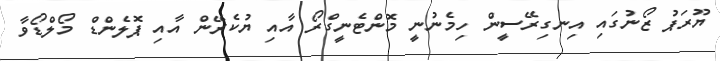
ޔޫރަޕު ޒޯނުގައި އިނގިރޭސީން ހިމެނުނީ މޮންޓެނީގްރޯ އާއި ޔުކެރޭން އާއި ޕޮލެންޑް މޯލްޑޯވާ